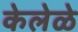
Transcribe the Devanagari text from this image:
केलेळे